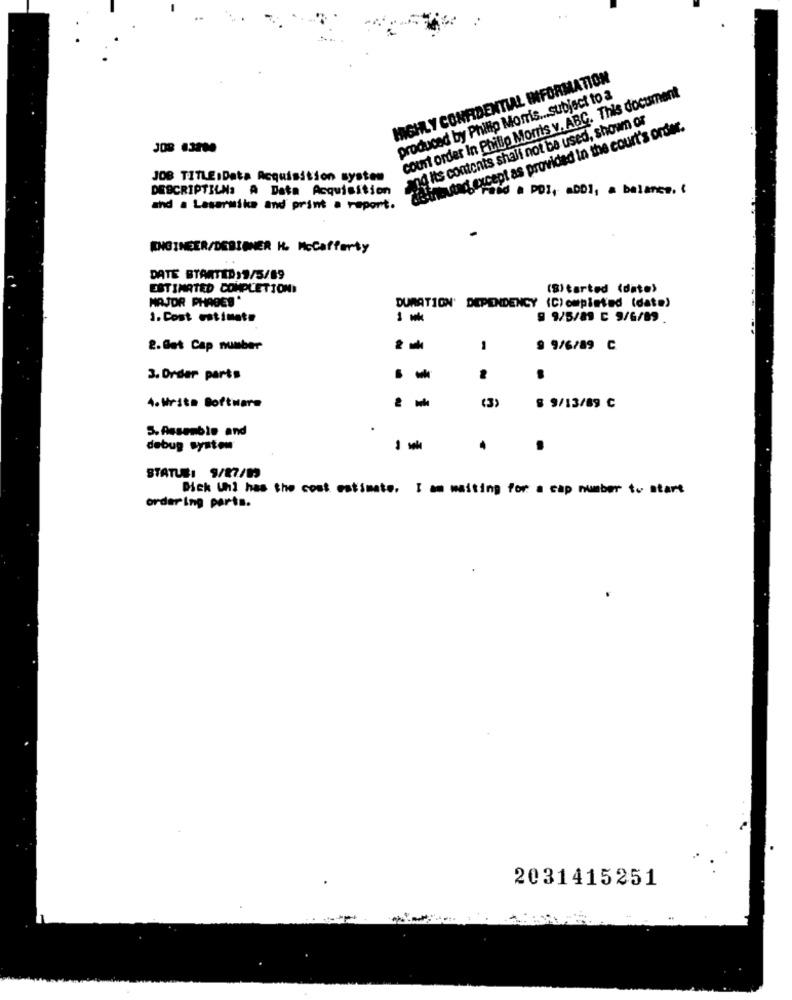
HIGHLY CONFIDENTIAL INFORMATION
court order In Phillip Morris v. ABC. This document
produced by Philip Morris ... subject to a
and its contents shall not be used, shown or
prcept as provided in the court's order.
JOB TITLE:Data Acquisition system
DESCRIPTILN: A Data Acquisition
PietroAlo raid a POI, aDD1, a balance. {
and a Lasermike and print a report.
ENGINEER/DEBIANER H. Mccafferty
DATE STARTED 9/5/89
ESTIMATED COMPLETION!
(S) tarted (date)
MAJOR PHAGES
DURATION' DEPENDENCY (C)ompimted (date)
1. Cost estimate
1 wk
9 9/5/89 C 9/6/89
2.Get Cap number
1
9 9/6/89 C
3. Order parts
4.Write Software
(3)
8 9/13/89 C
5.Assemble and
debug system
STATUS: 9/87/03
Dick Uhl has the cost estimate. I am waiting for a cap number to start
ordering parts.
2031415251